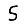
Digit: 5